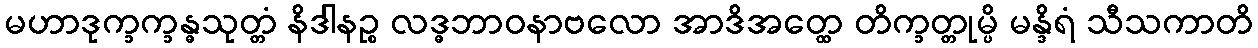
မဟာဒုက္ခက္ခန္ဓသုတ္တံ နိဒါနဉ္စ လဒ္ဓဘာဝနာဗလော အာဒိအတ္ထေ တိက္ခတ္တုမ္ပိ မန္ဒိရံ သီသကာတိ